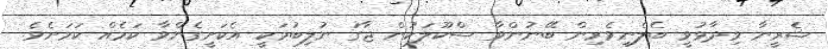
ޝެރީނާ ވިދާޅުވީ ބެލެނިވެރިން ބޭނުންވާ ސްކޫލަކުން ޖާގަ ނުލިބުމަކީ އެކަށީގެންވާ ކަމެއް ކަމަށެވެ.